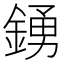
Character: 𮢛